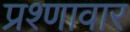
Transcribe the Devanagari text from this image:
प्रश्णावार